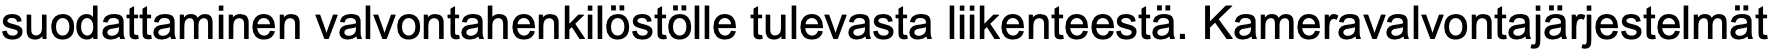
suodattaminen valvontahenkilöstölle tulevasta liikenteestä. Kameravalvontajärjestelmät